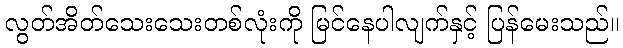
လွတ်အိတ်သေးသေးတစ်လုံးကို မြင်နေပါလျက်နှင့် ပြန်မေးသည်။